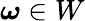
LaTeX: \boldsymbol\omega\in W